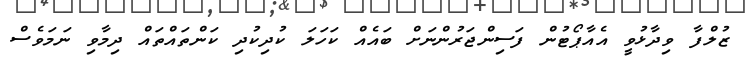
ޒުލްފާ ވިދާޅުވީ އެއާޕޯޓުން ފަސިންޖަރުންނަށް ބައެއް ކަހަލަ ކުދިކުދި ކަންތައްތައް ދިމާވި ނަމަވެސް